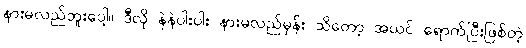
နားမလည်ဘူးပေါ့။ ဒီလို နဲနဲပါးပါး နားမလည်မှန်း သိတော့ အယင် ရောက်ပြီးဖြစ်တဲ့